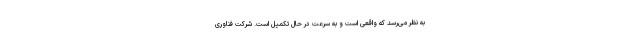
به نظر می‌رسد که واقعی است و به سرعت در حال تکمیل است. شرکت فناوری